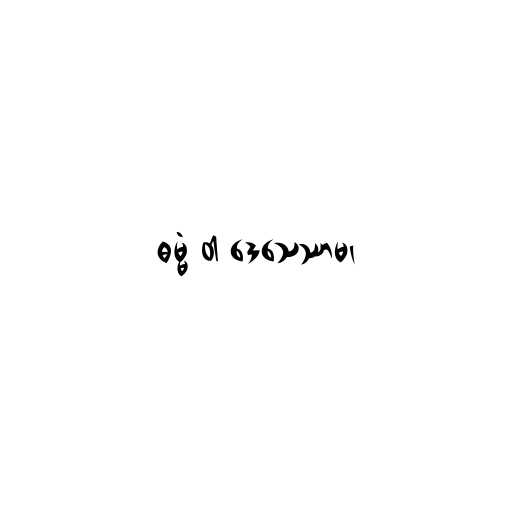
ဓမ္မံ ဝါ ဒေသေဿာမ၊